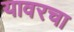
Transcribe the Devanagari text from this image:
यावरचा